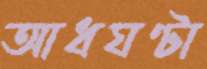
আধঘণ্টা